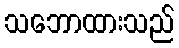
သဘောထားသည်